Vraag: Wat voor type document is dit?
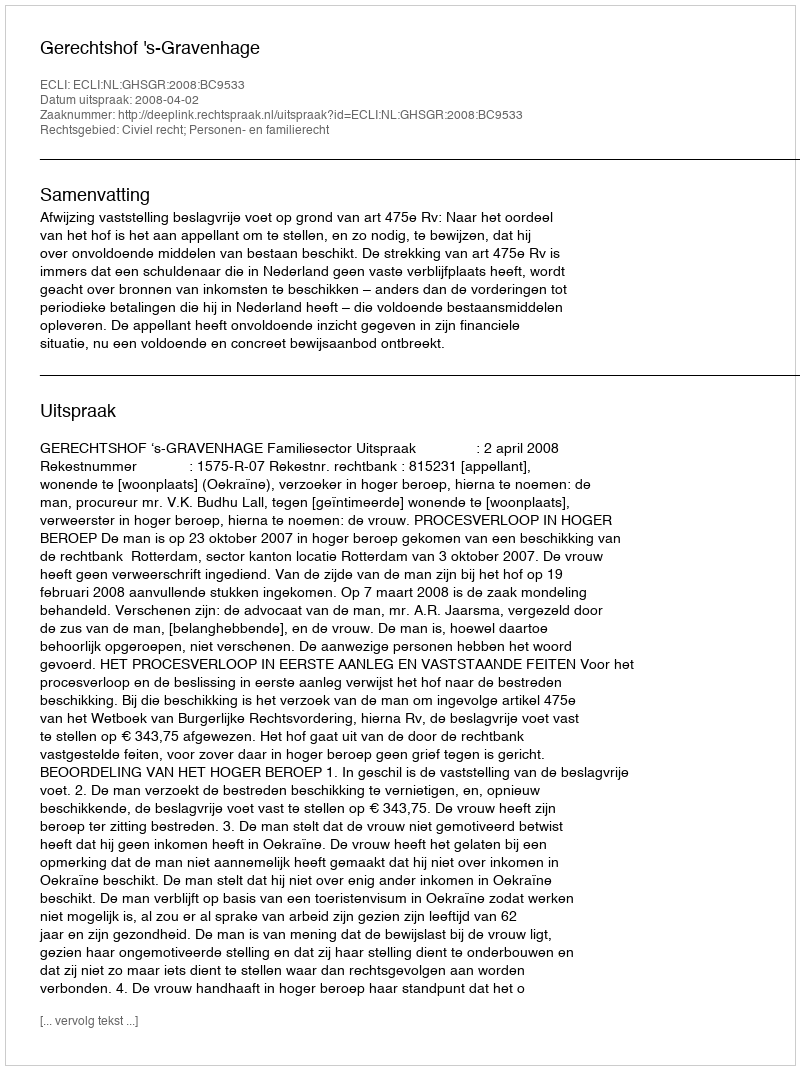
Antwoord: Uitspraak